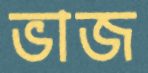
ভাজ